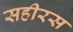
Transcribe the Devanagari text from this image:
सहीरस